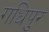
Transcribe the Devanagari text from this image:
गधिपुर